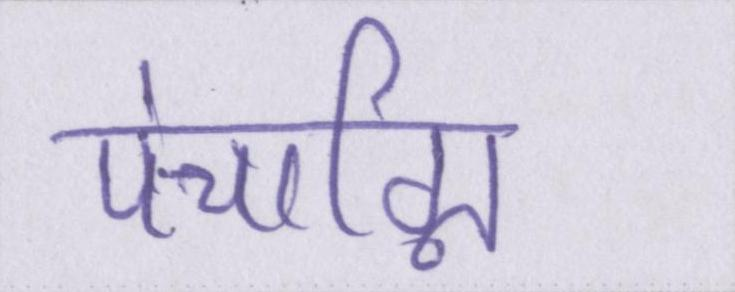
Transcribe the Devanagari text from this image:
पंचाग्नि